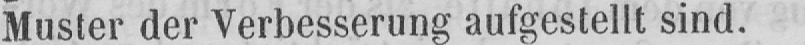
Muster der Verbesserung aufgestellt sind.